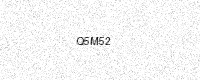
Text: Q5M52